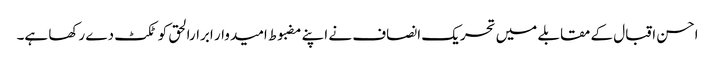
احسن اقبال کے مقابلے میں تحریک انصاف نے اپنے مضبوط امیدوار ابرارالحق کو ٹکٹ دے رکھا ہے۔